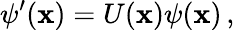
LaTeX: \psi^{\prime}(\mathbf{x})=U(\mathbf{x})\psi(\mathbf{x})\, ,